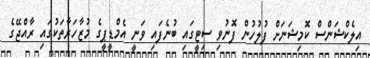
އިލެކްޝަންސް ކޮމިޝަނަށް ފުލުހުން ފޮނުވި ސިޓީގައި ބުނެފައި ވަނީ އެމްޑީޕީގެ މުޒާހަރާތަކުގައި ރާއްޖޭގެ